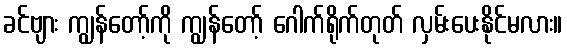
ခင်ဗျား ကျွန်တော့်ကို ကျွန်တော့် ဂေါက်ရိုက်တုတ် လှမ်းပေးနိုင်မလား။